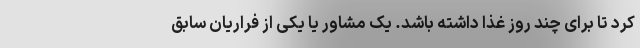
کرد تا برای چند روز غذا داشته باشد. یک مشاور یا یکی از فراریان سابق